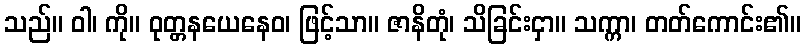
သည်။ ဝါ၊ ကို။ ဝုတ္တနယေနေဝ၊ ဖြင့်သာ။ ဇာနိတုံ၊ သိခြင်းငှာ။ သက္ကာ၊ တတ်ကောင်း၏။